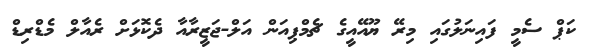
ކަޕް ސެމީ ފައިނަލުގައި މިރޭ ޔޫއޭއީގެ ޗެމްޕިއަން އަލް-ޖަޒީރާއާ ދެކޮޅަށް ރެއާލް މެޑްރިޑް